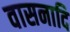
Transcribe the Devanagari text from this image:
वासनादि